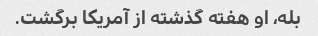
بله، او هفته گذشته از آمریکا برگشت.